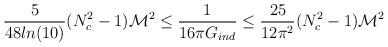
LaTeX: \begin{align*}{5\over{48 ln(10)}}(N_c^2-1){\cal M}^2\leq {1\over {16\pi G_{ind}}} \leq{25\over{12 \pi^2}}(N_c^2-1){\cal M}^2\end{align*}